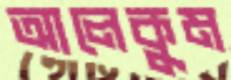
আলেকুম